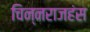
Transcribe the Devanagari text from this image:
चिन्नराजहंस